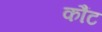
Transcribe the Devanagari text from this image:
कौंट